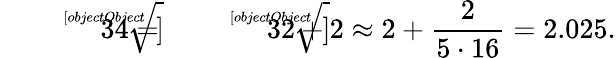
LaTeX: {\sqrt[[objectObject]]{34}}={\sqrt[[objectObject]]{32+2}}\approx 2+{\frac{2}{5\cdot 16}}=2.025.